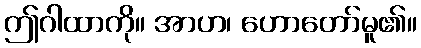
ဤဂါထာကို။ အာဟ၊ ဟောတော်မူ၏။